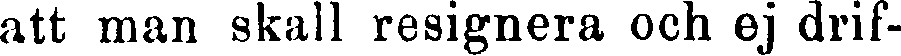
att man skall resignera och ej drif-